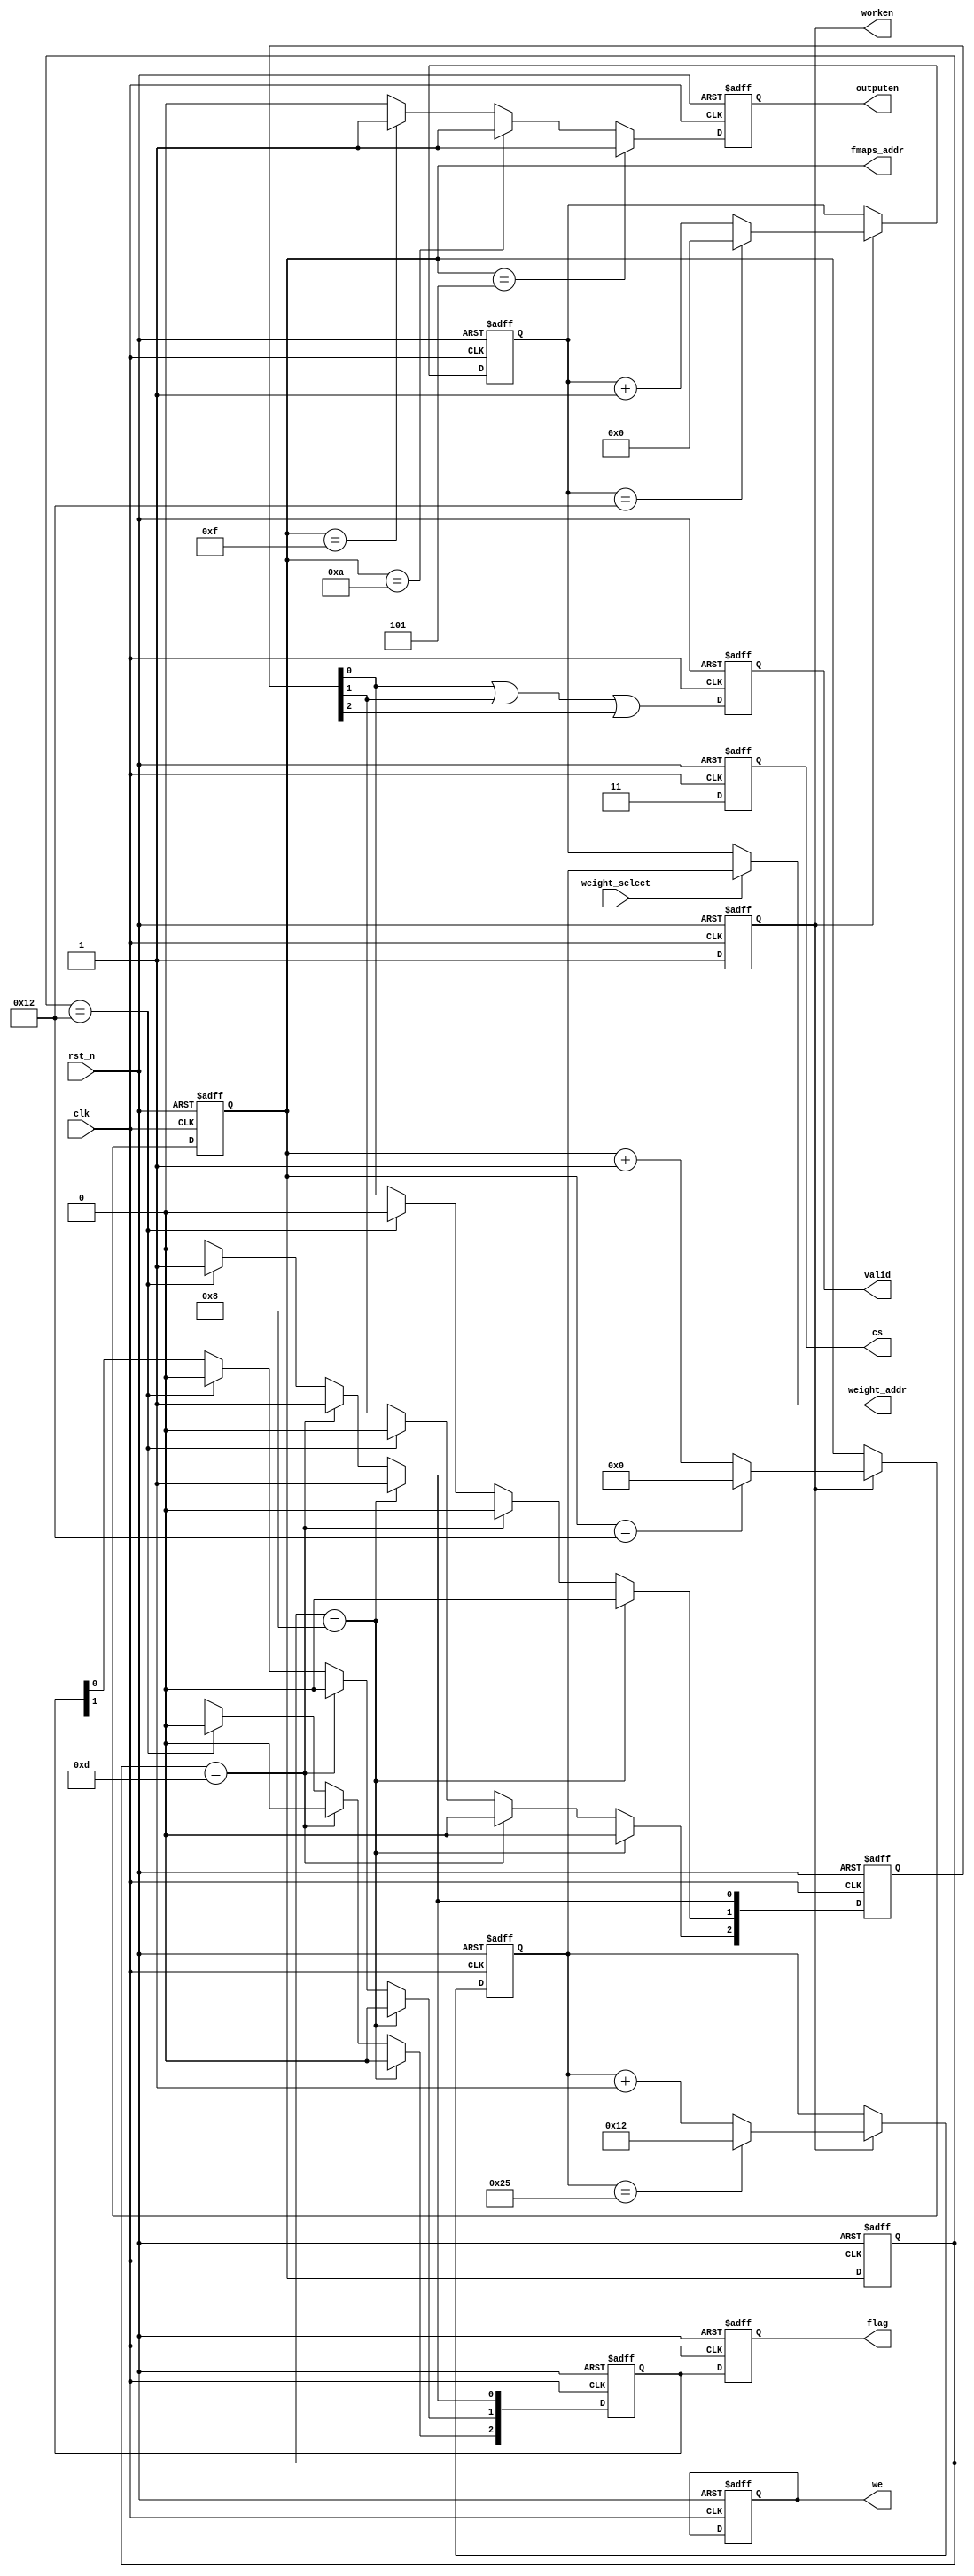
module control(input clk,
               input rst_n,
               input weight_select,
               output reg [4:0] fmaps_addr,
               output [5:0] weight_addr,
               output reg [1:0] cs,
               output reg [1:0] we,
               output reg worken,
               output reg outputen,
               output reg [2:0] flag,
               output reg valid);
    
    // fmaps_addr
    always @(posedge clk or negedge rst_n) begin
        if (!rst_n)
            fmaps_addr <= 0;
        else if (worken) begin
            if (fmaps_addr == 18)
                fmaps_addr <= 0;
            else
                fmaps_addr <= fmaps_addr + 1;
        end
        else
            fmaps_addr <= fmaps_addr;
    end
    
    reg [5:0] weight_addr_reg0;
    // weight_addr_reg0
    always @(posedge clk or negedge rst_n) begin
        if (!rst_n)
            weight_addr_reg0 <= 0;
        else if (worken) begin
            if (weight_addr_reg0 == 18)
                weight_addr_reg0 <= 0;
            else
                weight_addr_reg0 <= weight_addr_reg0 + 1;
        end
        else
            weight_addr_reg0 <= weight_addr_reg0;
    end
    
    reg [5:0] weight_addr_reg1;
    // weight_addr_reg1
    always @(posedge clk or negedge rst_n) begin
        if (!rst_n)
            weight_addr_reg1 <= 18;
        else if (worken) begin
            if (weight_addr_reg1 == 37)
                weight_addr_reg1 <= 18;
            else
                weight_addr_reg1 <= weight_addr_reg1 + 1;
        end
        else
            weight_addr_reg1 <= weight_addr_reg1;
    end
    
    // weight_addr
    assign weight_addr = weight_select ? weight_addr_reg1 : weight_addr_reg0;
    
    // worken & cs & we
    always @(posedge clk or negedge rst_n) begin
        if (!rst_n) begin
            worken <= 0;
            cs     <= 0;
            we     <= 0;
        end
        else begin
            worken <= 1;
            cs     <= 2'b11;
        end
    end
    
    // outputen
    always @(posedge clk or negedge rst_n) begin
        if (!rst_n)
            outputen <= 0;
        else if (fmaps_addr == 5)
            outputen <= 1;
        else if (fmaps_addr == 10)
            outputen <= 1;
        else if (fmaps_addr == 15)
            outputen <= 1;
        else
            outputen <= 0;
    end
    
    reg [4:0] cnt;      // fmaps_addr delay
    // cnt
    always @(posedge clk or negedge rst_n) begin
        if (!rst_n)
            cnt <= 0;
        else 
            cnt <= fmaps_addr;
    end


    reg [2:0] flag_reg;
    // flag_reg
    always @(posedge clk or negedge rst_n) begin
        if (!rst_n)
            flag_reg <= 0;
        else if (cnt == 8)
            flag_reg <= 1;
        else if (cnt == 13)
            flag_reg <= 1;
        else if (cnt == 18)
            flag_reg <= 1;
        else begin
            flag_reg[2] <= flag_reg[1];
            flag_reg[1] <= flag_reg[0];
            flag_reg[0] <= 0;
        end
    end

    // flag
    always @(posedge clk or negedge rst_n) begin
        if (!rst_n)
            flag <= 0;
        else 
            flag <= flag_reg;
    end

    
    reg [2:0] valid_reg;
    // valid_reg
    always @(posedge clk or negedge rst_n) begin
        if (!rst_n)
            valid_reg <= 0;
        else if (cnt == 8)
            valid_reg <= 1;
        else if (cnt == 13)
            valid_reg <= 1;
        else if (cnt == 18)
            valid_reg <= 1;
        else begin
            valid_reg[2] <= valid_reg[1];
            valid_reg[1] <= valid_reg[0];
            valid_reg[0] <= 0;
        end            
    end
    
    // valid
    always @(posedge clk or negedge rst_n) begin
        if (!rst_n)
            valid <= 0;
        else 
            valid = valid_reg[0]|valid_reg[1]|valid_reg[2];
    end
    
endmodule // control